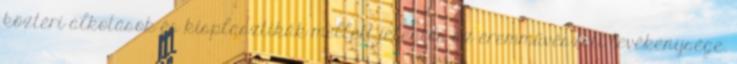
köztéri alkotások és kisplasztikák mellett jelentős az éremművészeti tevékenysége.